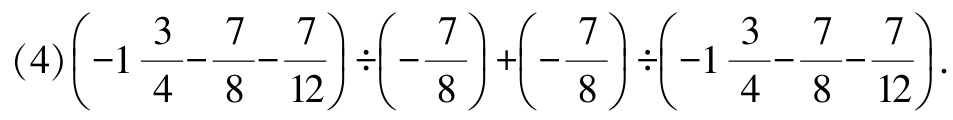
\((4)\left(-1\frac{3}{4}-\frac{7}{8}-\frac{7}{12}\right)\div\left(-\frac{7}{8}\right)+\left(-\frac{7}{8}\right)\div\left(-1\frac{3}{4}-\frac{7}{8}-\frac{7}{12}\right)\)